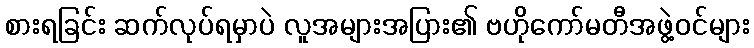
စားရခြင်း ဆက်လုပ်ရမှာပဲ လူအများအပြား၏ ဗဟိုကော်မတီအဖွဲ့ဝင်များ